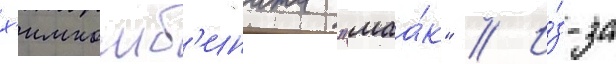
х'имкомб'ината "маа́к" // И́з-за